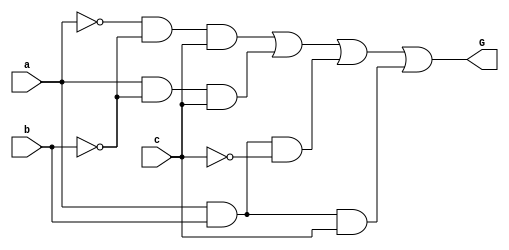
`timescale 1ns / 1ps
//////////////////////////////////////////////////////////////////////////////////
// Company: 
// Engineer: 
// 
// Design Name: 
// Module Name:    circuit1 
// Project Name: 
// Target Devices: 
// Tool versions: 
// Description: 
//
// Dependencies: 
//
// Revision: 
// Revision 0.01 - File Created
// Additional Comments: 
//
//////////////////////////////////////////////////////////////////////////////////
module circuit1(input a, b, c, output G);
	wire a_1, b_1, b_2, c_3,
		and1, and2, and3, and4;
	
	not nota_1(a_1, a);
	not notb_1(b_1, b);
	not notb_2(b_2, b);
	not notc_3(c_3, c);
	
	and and_1(and1, a_1, b_1, c);
	and and_2(and2, a, b_2, c);
	and and_3(and3, a, b, c_3);
	and and_4(and4, a, b, c);
	
	or or_1(G, and1, and2, and3, and4);
endmodule